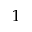
1